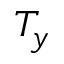
T _ { y }